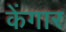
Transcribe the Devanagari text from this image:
केंगार